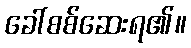
ခေါ်စစ်ဆေးရ၏။